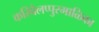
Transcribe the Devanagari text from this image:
करिवेलप्पुरमाळिका